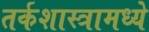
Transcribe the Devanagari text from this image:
तर्कशास्त्रामध्ये